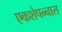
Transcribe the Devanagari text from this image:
एकशेपन्‍नास